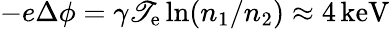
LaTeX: -e\Delta\phi=\gamma\mathscr{T}_{\mathrm{{e}}}\ln(n_{1}/n_{2})\approx4\, \mathrm{{keV}}